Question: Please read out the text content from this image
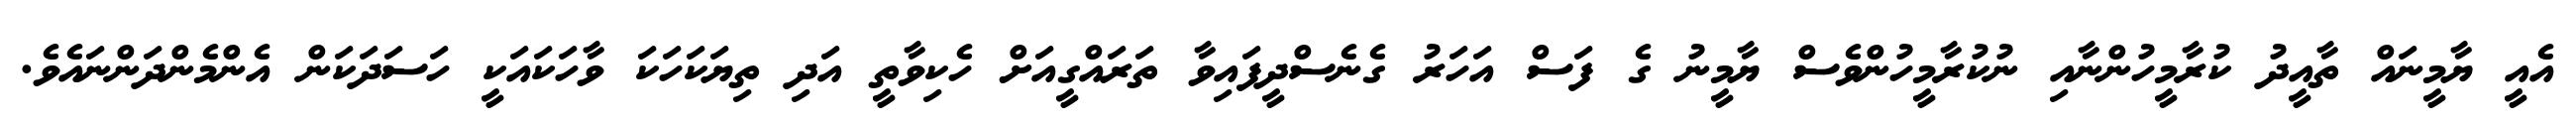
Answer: އެއީ ޔާމީނައް ތާއީދު ކުރާމީހުންނާއި ނުކުރާމީހުންވެސް ޔާމީނު ގެ ފަސް އަހަރު ގެނެސްދީފައިވާ ތަރައްގީއަށް ހެކިވާތީ އަދި ތިޔަކަހަކަ ވާހަކައަކީ ހަސަދަކަން އެންމެންދަންނައެވެ.